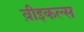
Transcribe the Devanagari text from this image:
व़ीइकल्स